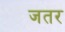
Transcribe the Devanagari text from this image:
जतर